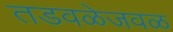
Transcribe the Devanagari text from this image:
तडवळेजवळ